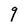
Character: 9